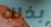
بذلك